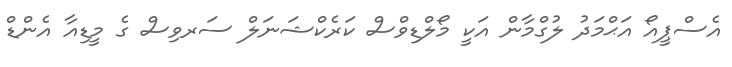
އެސްޕީއޯ އަޙްމަދު ލުގްމާން އަކީ މޯލްޑިވްސް ކަރެކްޝަނަލް ސަރވިސް ގެ މީޑިއާ އެންޑް